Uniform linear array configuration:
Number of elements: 24
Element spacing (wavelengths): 0.5
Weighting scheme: exponential
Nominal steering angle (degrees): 30
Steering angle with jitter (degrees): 29.25
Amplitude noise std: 0.05
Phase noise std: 0.05

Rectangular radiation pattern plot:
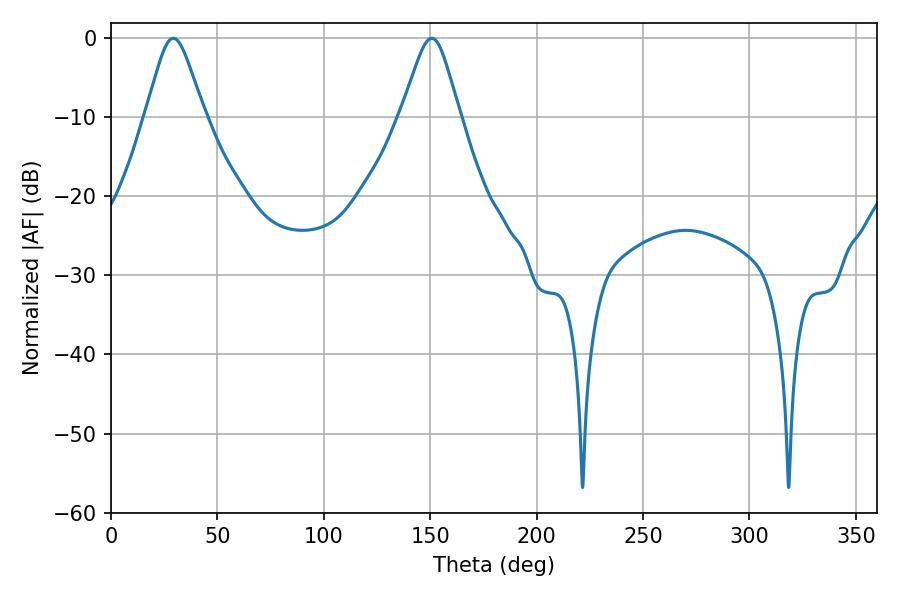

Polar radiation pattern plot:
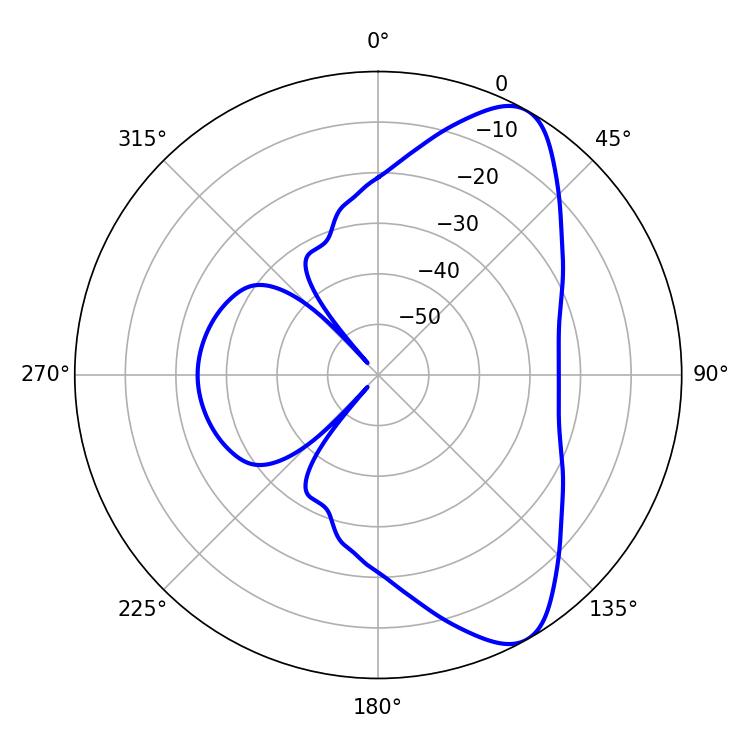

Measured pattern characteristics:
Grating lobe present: FALSE
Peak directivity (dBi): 8.516
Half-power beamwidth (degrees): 13.32
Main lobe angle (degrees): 150.66